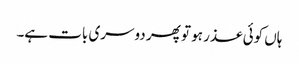
ہاں کوئی عذر ہو تو پھر دوسری بات ہے۔